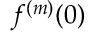
f ^ { ( m ) } ( 0 )